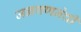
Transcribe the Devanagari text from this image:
जनगणनेची